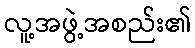
လူ့အဖွဲ့အစည်း၏